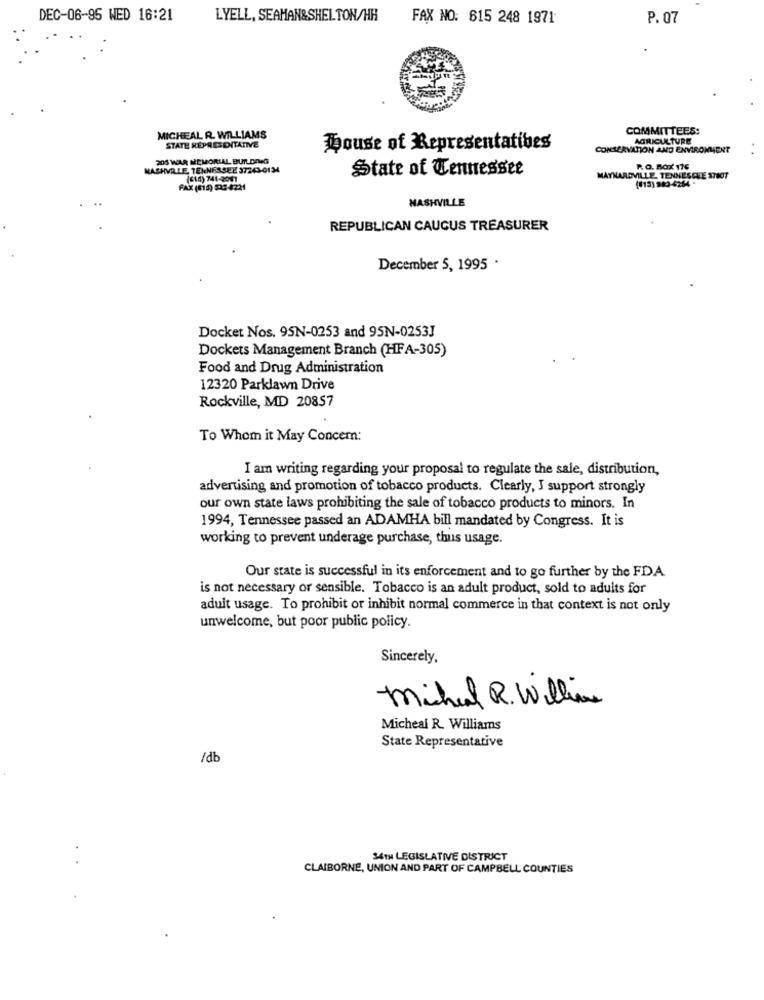
DEC-06-95 WED 16:21
LYELL, SEAHAN&SHEL TON/HH
FAX NO: 615 248 1971
P. 07
COMMITTEES:
MICHEAL R. WILLIAMS
STATE REPRESENTATIVE
AGRICULTURE
House of Representatives
CONSERVATION AND ENVIRONMENT
205 WAR MEMORIAL BUILDINGS
NASHVILLE, TENNESSEE 37243-0134
State of Tennessee
P. O. BOX 176
(614) 741-2001
MAYNARDVILLE TENNESALE 1707
FAX (011) 22-4221
((13) 943-4264
NASHVILLE
REPUBLICAN CAUCUS TREASURER
December 5, 1995 .
Docket Nos. 95N-0253 and 95N-0253J
Dockets Management Branch (HFA-305)
Food and Drug Administration
12320 Parklawn Drive
Rockville, MD 20857
To Whom it May Concern:
I am writing regarding your proposal to regulate the sale, distribution,
advertising and promotion of tobacco products. Clearly, I support strongly
our own state laws prohibiting the sale of tobacco products to minors. In
1994, Tennessee passed an ADAMHA bill mandated by Congress. It is
working to prevent underage purchase, thus usage.
Our state is successful in its enforcement and to go further by the FDA
is not necessary or sensible. Tobacco is an adult product, sold to adults for
adult usage. To prohibit or inhibit normal commerce in that context is not only
unwelcome, but poor public policy.
Sincerely,
Michel R. Williams
Micheal R. Williams
State Representative
/db
34TH LEGISLATIVE DISTRICT
CLAIBORNE, UNION AND PART OF CAMPBELL COUNTIES